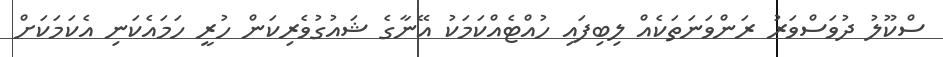
ސްކޫލު ދުވަސްވަރު ރަންވަނަތަކެއް ލިބިފައި ހުއްޓެއްކަމަކު އޭނާގެ ޝައުގުވެރިކަން ހުރީ ހަމައެކަނި އެކަމަކަށް